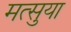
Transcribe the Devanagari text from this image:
मत्सुया